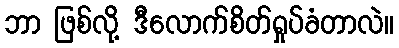
ဘာ ဖြစ်လို့ ဒီလောက်စိတ်ရှုပ်ခံတာလဲ။